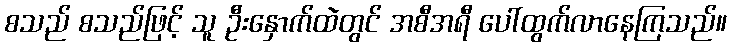
စသည် စသည်ဖြင့် သူ ဦးနှောက်ထဲတွင် အစီအရီ ပေါ်ထွက်လာနေကြသည်။